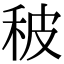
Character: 秛